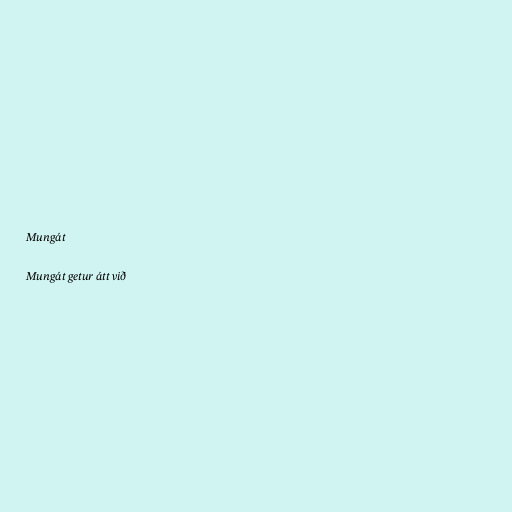
Mungát

Mungát getur átt við